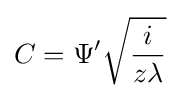
C=\Psi ^{\prime }{\sqrt {\frac {i}{z\lambda }}}